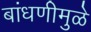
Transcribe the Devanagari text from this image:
बांधणीमुळे